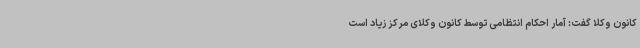
کانون وکلا گفت: آمار احکام انتظامی توسط کانون وکلای مرکز زیاد است